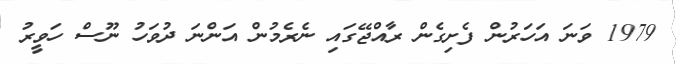
1979 ވަނަ އަހަރުން ފެށިގެން ރާއްޖޭގައި ނެރެމުން އަންނަ ދުވަހު ނޫސް ހަވީރު